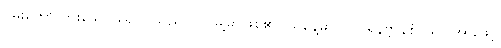
ဝမ်းတော်လားသော ရောဂါသည် ပါဝါမြို့မှာဖြစ်၏။ ထိုနေ့မှာပင် ပရိနိဗ္ဗာန်စံသော အားဖြင့်